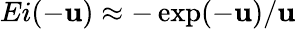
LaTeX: Ei(-\mathbf{u})\approx-\exp(-\mathbf{u})/\mathbf{u}